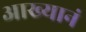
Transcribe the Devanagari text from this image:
आख्यानं